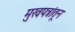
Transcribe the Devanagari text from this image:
मुखपत्रांतून